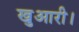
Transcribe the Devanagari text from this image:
खुआरी।